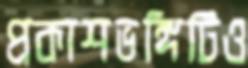
প্রকাশভঙ্গিটিও